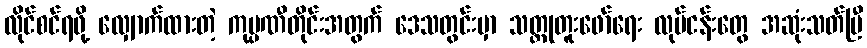
လိုင်စင်ရဖို့ လျှောက်ထားတဲ့ ကုမ္ပဏီတိုင်းအတွက် ဒေသတွင်းမှာ သတ္တုတူးဖော်ရေး လုပ်ငန်းတွေ အဆုံးသတ်ပြီ